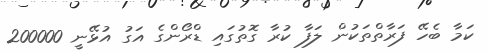
ކަމާ ބެހޭ ފަރާތްތަކުން ލަފާ ކުރާ ގޮތުގައި ޑްރޯންގެ އަގު އުޅޭނީ 200000